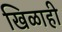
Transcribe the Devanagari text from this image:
खिळाही